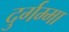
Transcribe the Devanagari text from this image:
दुर्गम्मा